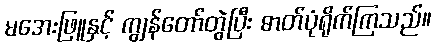
မအေးဖြူနှင့် ကျွန်တော်တွဲပြီး ဓာတ်ပုံရိုက်ကြသည်။